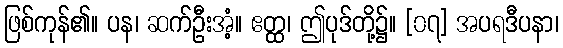
ဖြစ်ကုန်၏။ ပန၊ ဆက်ဦးအံ့။ ဧတ္ထ၊ ဤပုဒ်တို့၌။ [၀၇] အပရဒီပနာ၊